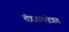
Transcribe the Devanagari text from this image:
तंत्रज्ञानक्षेत्रात